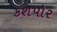
કશપોર